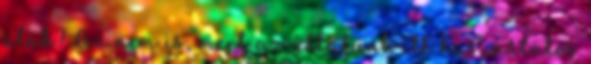
alak? Az nem is, mert az általunk itt használatos